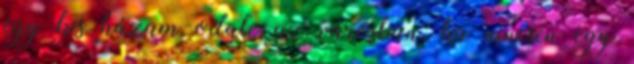
egy kis házam odale az városban, ha nincsen egy